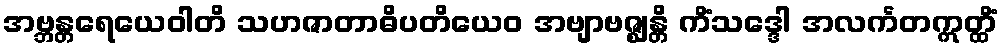
အဗ္ဘန္တရေယေဝါတိ သဟဇာတာဓိပတိယေဝ အဗျာဗဇ္ဈန္တိ ကိံသဒ္ဒေါ အလင်္ကတဣတ္ထိံ